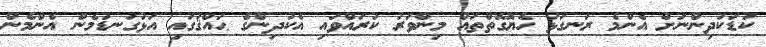
ކުޑަކުދިންނަށް އެންމެ ރަނގަޅު ހެޔޮގޮތްތައް މިންވަރު ކުރައްވައި އެކުދިންގެ ޙައްޤުގައި އަޅުގަނޑުމެން އެންމެން